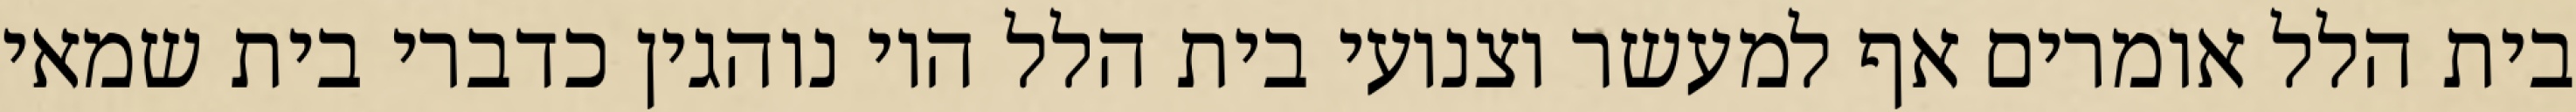
בית הלל אומרים אף למעשר וצנועי בית הלל היו נוהגין כדברי בית שמאי